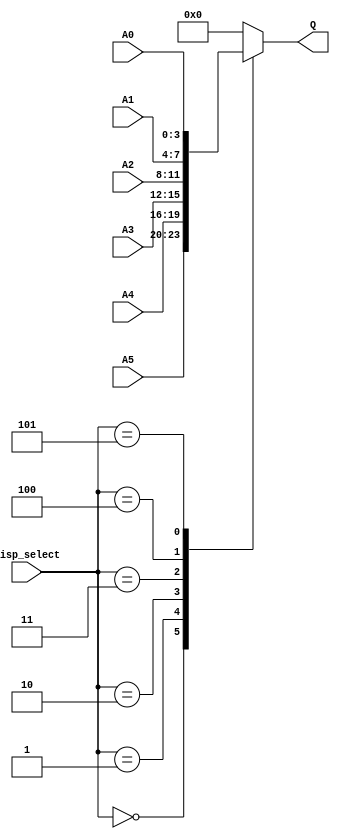
module data_mux(disp_select,A0,A1,A2,A3,A4,A5,Q);

output [3:0] Q;
input  [2:0]disp_select;
input  [3:0] A0,A1,A2,A3,A4,A5;

reg [3:0] Q;

always @(disp_select,A5,A4,A3,A2,A1,A0,Q)
begin
  case(disp_select)
	  3'b000: Q <= A5;
	  3'b001: Q <= A4;
	  3'b010: Q <= A3;
	  3'b011: Q <= A2;
	  3'b100: Q <= A1;
	  3'b101: Q <= A0;
	  default: Q <= 4'b0;
  endcase
end
endmodule